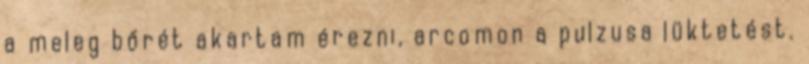
a meleg bőrét akartam érezni, arcomon a pulzusa lüktetést.